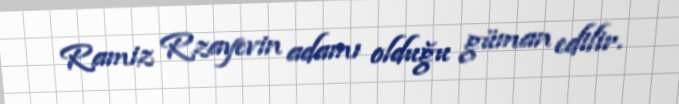
Ramiz Rzayevin adamı olduğu güman edilir.